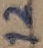
Text: 12